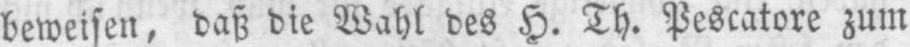
beweisen, daß die Wahl des H. Th. Pescatore zum